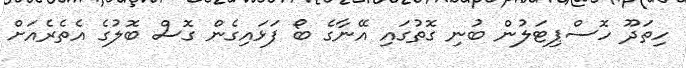
ހިތަދޫ ހޮސްޕިޓަލުން ބުނި ގޮތުގައި އޭނާގެ ބޯ ފަޅައިގެން ގޮސް ބޮލުގެ އެތެރެއަށް